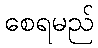
စေရမည်